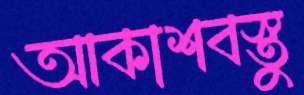
আকাশবস্তু